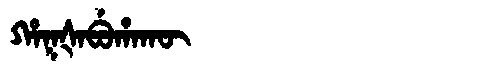
Manchu: ᡥᠠᡴᡧᠠᠪᡠᡥᠠᡴᡡ
Romanization: HAKŠABUHAKŪ